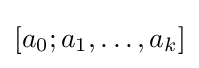
[a_{0};a_{1},\dots ,a_{k}]